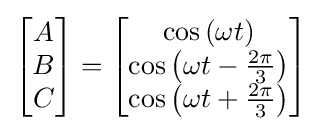
{\begin{bmatrix}A\\B\\C\end{bmatrix}}={\begin{bmatrix}\cos {\left(\omega t\right)}\\\cos {\left(\omega t-{\frac {2\pi }{3}}\right)}\\\cos {\left(\omega t+{\frac {2\pi }{3}}\right)}\end{bmatrix}}